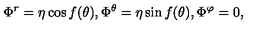
\Phi ^ { r } = \eta \cos f ( \theta ) , \Phi ^ { \theta } = \eta \sin f ( \theta ) , \Phi ^ { \varphi } = 0 ,